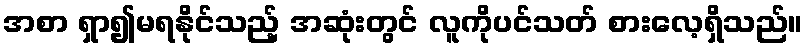
အစာ ရှာ၍မရနိုင်သည့် အဆုံးတွင် လူကိုပင်သတ် စားလေ့ရှိသည်။